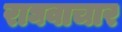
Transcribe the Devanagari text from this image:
राघवाचार